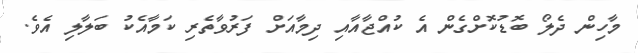
މާހިން ދެލޯ ބޮޑުކޮށްގެން އެ ކުއްޖާއާއި ދިމާއަށް ފަރުވާތެރި ކަމާއެކު ބަލާލި އެވެ.